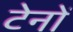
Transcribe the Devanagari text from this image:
टेनों